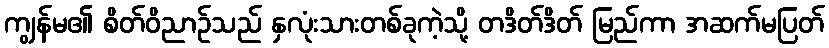
ကျွန်မ၏ စိတ်ဝိညာဉ်သည် နှလုံးသားတစ်ခုကဲ့သို့ တဒိတ်ဒိတ် မြည်ကာ အဆက်မပြတ်